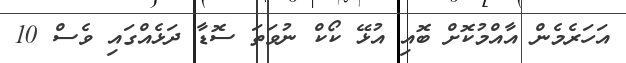
އަހަރެމެން އާއްމުކޮށް ބޮއި އުޅޭ ކޯކް ނުވަތަ ސޮޑާ ދަޅެއްގައި ވެސް 10